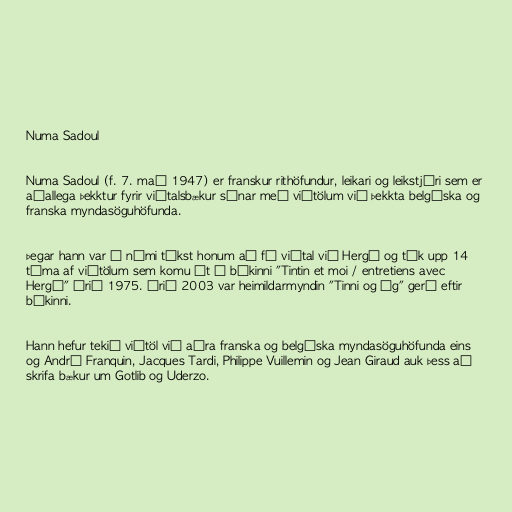
Numa Sadoul

Numa Sadoul (f. 7. maí 1947) er franskur rithöfundur, leikari og leikstjóri sem er
aðallega þekktur fyrir viðtalsbækur sínar með viðtölum við þekkta belgíska og
franska myndasöguhöfunda.

Þegar hann var í námi tókst honum að fá viðtal við Hergé og tók upp 14
tíma af viðtölum sem komu út í bókinni "Tintin et moi / entretiens avec
Hergé" árið 1975. Árið 2003 var heimildarmyndin "Tinni og ég" gerð eftir
bókinni.

Hann hefur tekið viðtöl við aðra franska og belgíska myndasöguhöfunda eins
og André Franquin, Jacques Tardi, Philippe Vuillemin og Jean Giraud auk þess að
skrifa bækur um Gotlib og Uderzo.